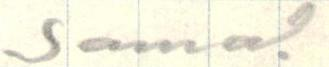
sama.